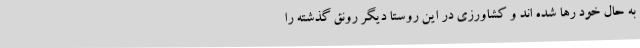
به حال خود رها شده اند و کشاورزی در این روستا دیگر رونق گذشته را